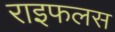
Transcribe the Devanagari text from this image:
राइफलस